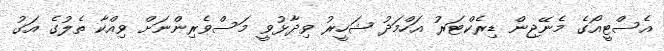
އެސްޓީއޯގެ މެނޭޖިން ޑިރެކްޓަރު އަހްމަދު ޝަހީރު ވިދާޅުވީ މަސްވެރިންނަށް ވިއްކާ ތެލުގެ އަގު